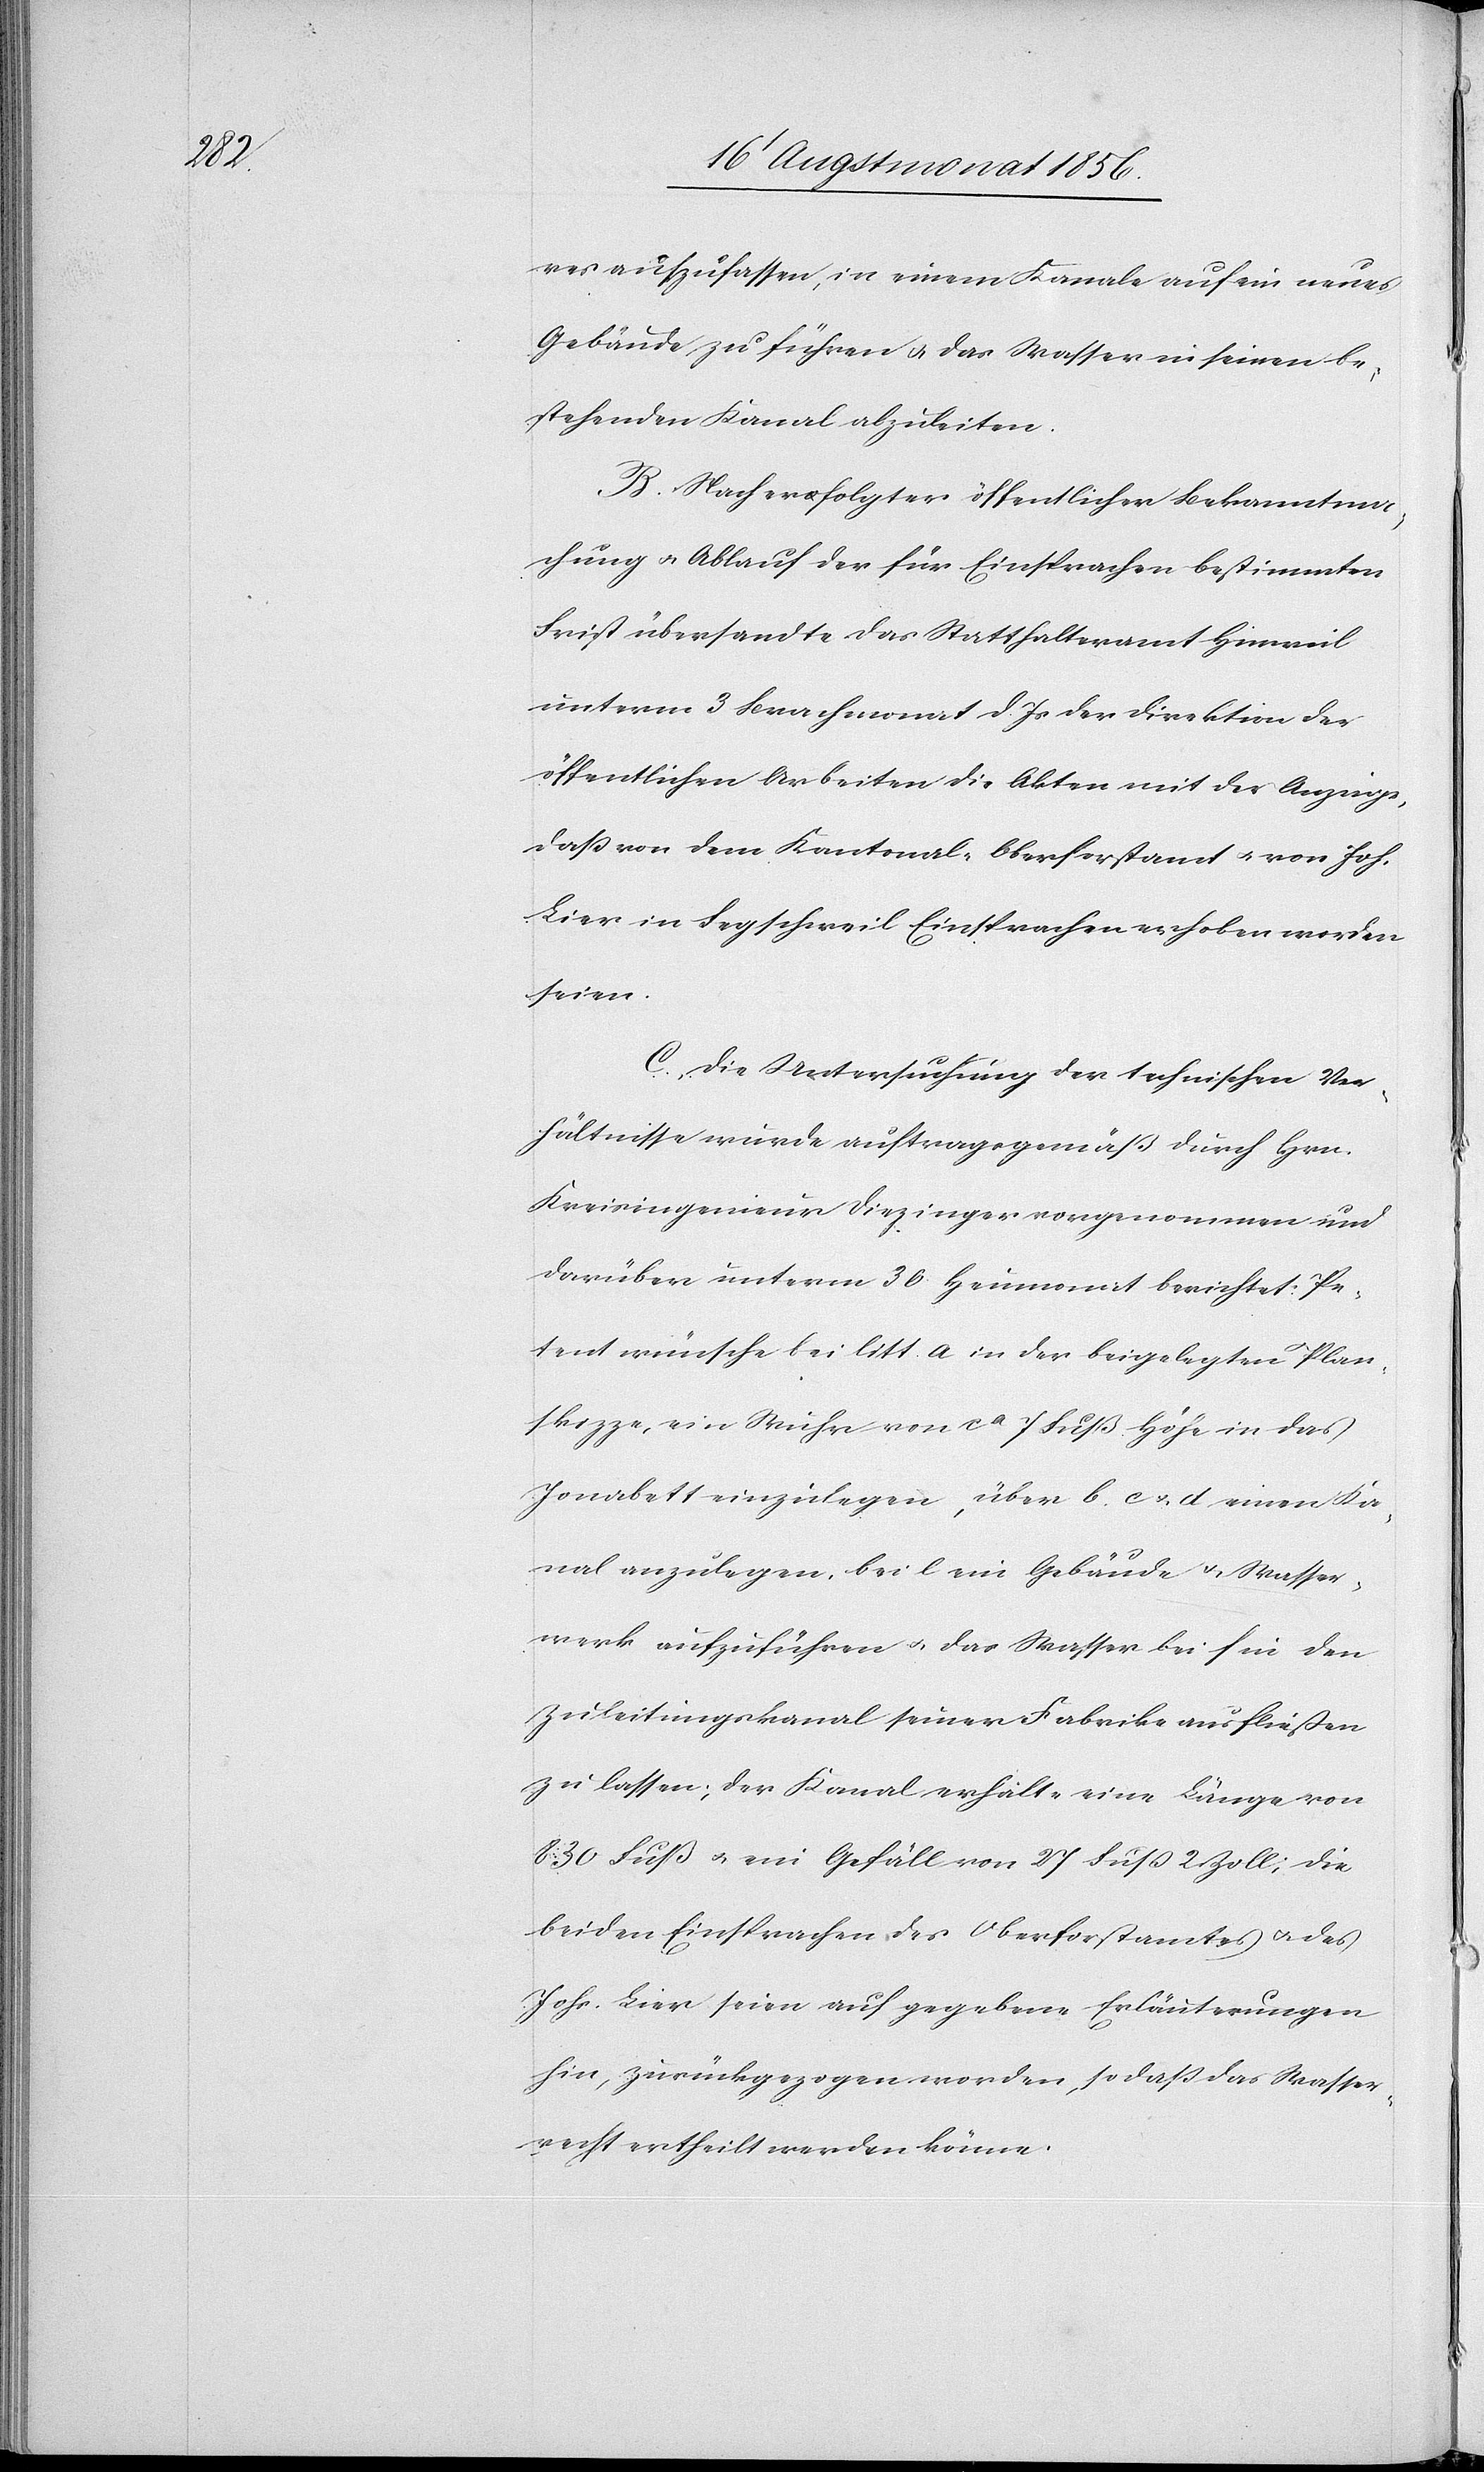
res aufzufassen, in einem Kanale auf ein neues
Gebäude zu führen u. das Wasser in seinen be¬
stehenden Kanal abzuleiten.
B. Nach erfolgter öffentlicher Bekanntma¬
chung u. Ablauf der für Einsprachen bestimmten
Frist übersandte das Statthalteramt Hinweil
unterm 3 Brachmonat d. Js der Direktion der
öffentlichen Arbeiten die Akten mit der Anzeige,
dass von dem Kantonal-Oberforstamt u. von Joh.
Lier in Fegschweil Einsprachen erhoben worden
seien.
C. Die Untersuchung der technischen Ver¬
hältnisse wurde auftragsgemäß durch Hrn.
Kreisingenieur Diezinger vorgenommen und
darüber unterm 30. Herbstmonat berichtet: Pe¬
tent wünsche bei litt. a in der beigelegten Plan¬
skizze, ein Wuhr von ca 7 Fuß Höhe in das
Jonabett einzulegen, über b.[,] c u. d einen Ka¬
nal anzulegen, bei e ein Gebäude u. Wasser¬
werk aufzuführen u. das Wasser bei f in den
Zuleitungskanal seiner Fabrike ausfließen
zu lassen; der Kanal erhalte eine Länge von
830 Fuß u. ein Gefäll von 27 Fuss 2 Zoll; die
beiden Einsprachen des Oberforstamtes u. des
Johs. Lier seien auf gegebene Erläuterungen
hin, zurückgezogen worden, so dass das Wasser¬
recht ertheilt werden könne.